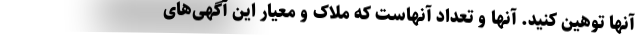
آنها توهین کنید. آنها و تعداد آنهاست که ملاک و معیار این آگهی‌های